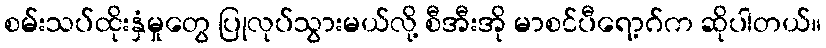
စမ်းသပ်ထိုးနှံမှုတွေ ပြုလုပ်သွားမယ်လို့ စီအီးအို မာစင်ပီရော့ဂ်က ဆိုပါတယ်။